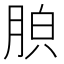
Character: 𦛤